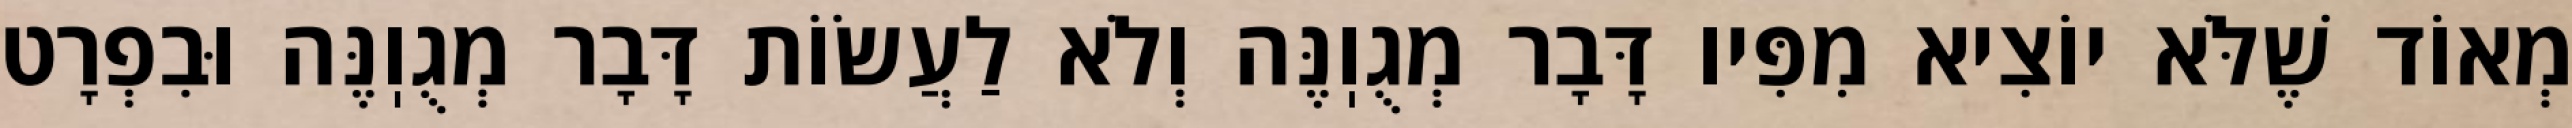
מְאוֹד שֶׁלֹּא יוֹצִיא מִפִּיו דָּבָר מְגֻוֽנֶּה וְלֹא לַעֲשׂוֹת דָּבָר מְגֻוֽנֶּה וּבִפְרָט